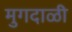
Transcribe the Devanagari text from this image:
मुगदाळी